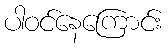
ပါဝင်နေကြောင်း